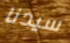
سيدنا